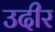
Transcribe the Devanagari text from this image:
उदीर